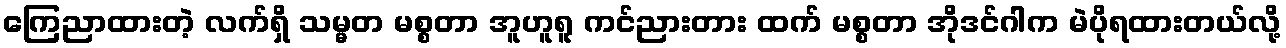
ကြေညာထားတဲ့ လက်ရှိ သမ္မတ မစ္စတာ အူဟူရူ ကင်ညားတား ထက် မစ္စတာ အိုဒင်ဂါက မဲပိုရထားတယ်လို့